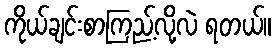
ကိုယ်ချင်းစာကြည့်လို့လဲ ရတယ်။